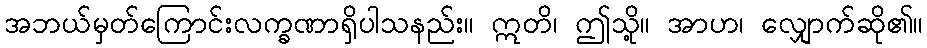
အဘယ်မှတ်ကြောင်းလက္ခဏာရှိပါသနည်း။ ဣတိ၊ ဤသို့။ အာဟ၊ လျှောက်ဆို၏။